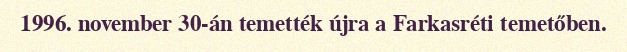
1996. november 30-án temették újra a Farkasréti temetőben.